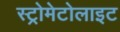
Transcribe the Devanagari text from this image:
स्ट्रोमेटोलाइट